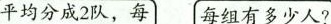
平均分成2队，每 每组有多少人?